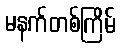
မနက်တစ်ကြိမ်